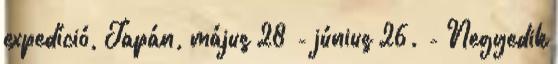
expedíció, Japán, május 28 - június 26. - Negyedik